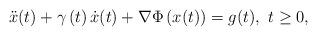
LaTeX: \begin{align*}\ddot{x}(t)+\gamma\left( t\right) \dot{x}(t)+\nabla\Phi\left( x(t)\right)=g(t),~t\geq0, \end{align*}